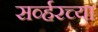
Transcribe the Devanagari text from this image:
सर्व्हरच्या